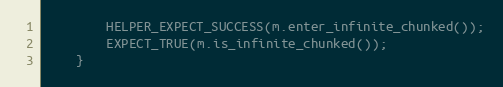
Language: C++
	    HELPER_EXPECT_SUCCESS(m.enter_infinite_chunked());
	    EXPECT_TRUE(m.is_infinite_chunked());
	}